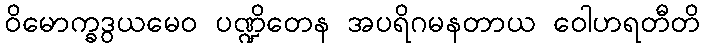
ဝိမောက္ခဒွယမေဝ ပဏ္ဍိတေန အပရိဂမနတာယ ဝေါဟရတီတိ